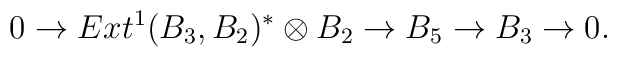
0 \to  Ext^1(B_3,B_2)^* \otimes B_2 \to B_5 \to B_3 \to 0 .